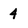
Character: 4